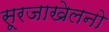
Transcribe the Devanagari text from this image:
सूरजाखेलनो